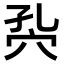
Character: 𥤾